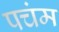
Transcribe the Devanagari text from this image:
पचंम